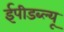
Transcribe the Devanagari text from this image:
ईपीडब्ल्यू